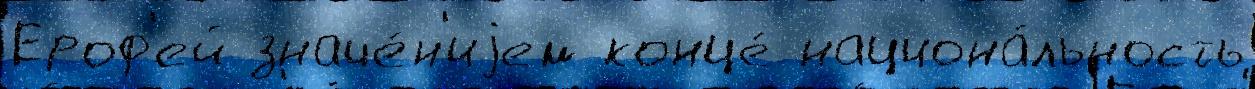
Ероф'ей значе́н'иjем конце́ национа́льность